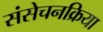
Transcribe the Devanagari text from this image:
संसेचनक्रिया